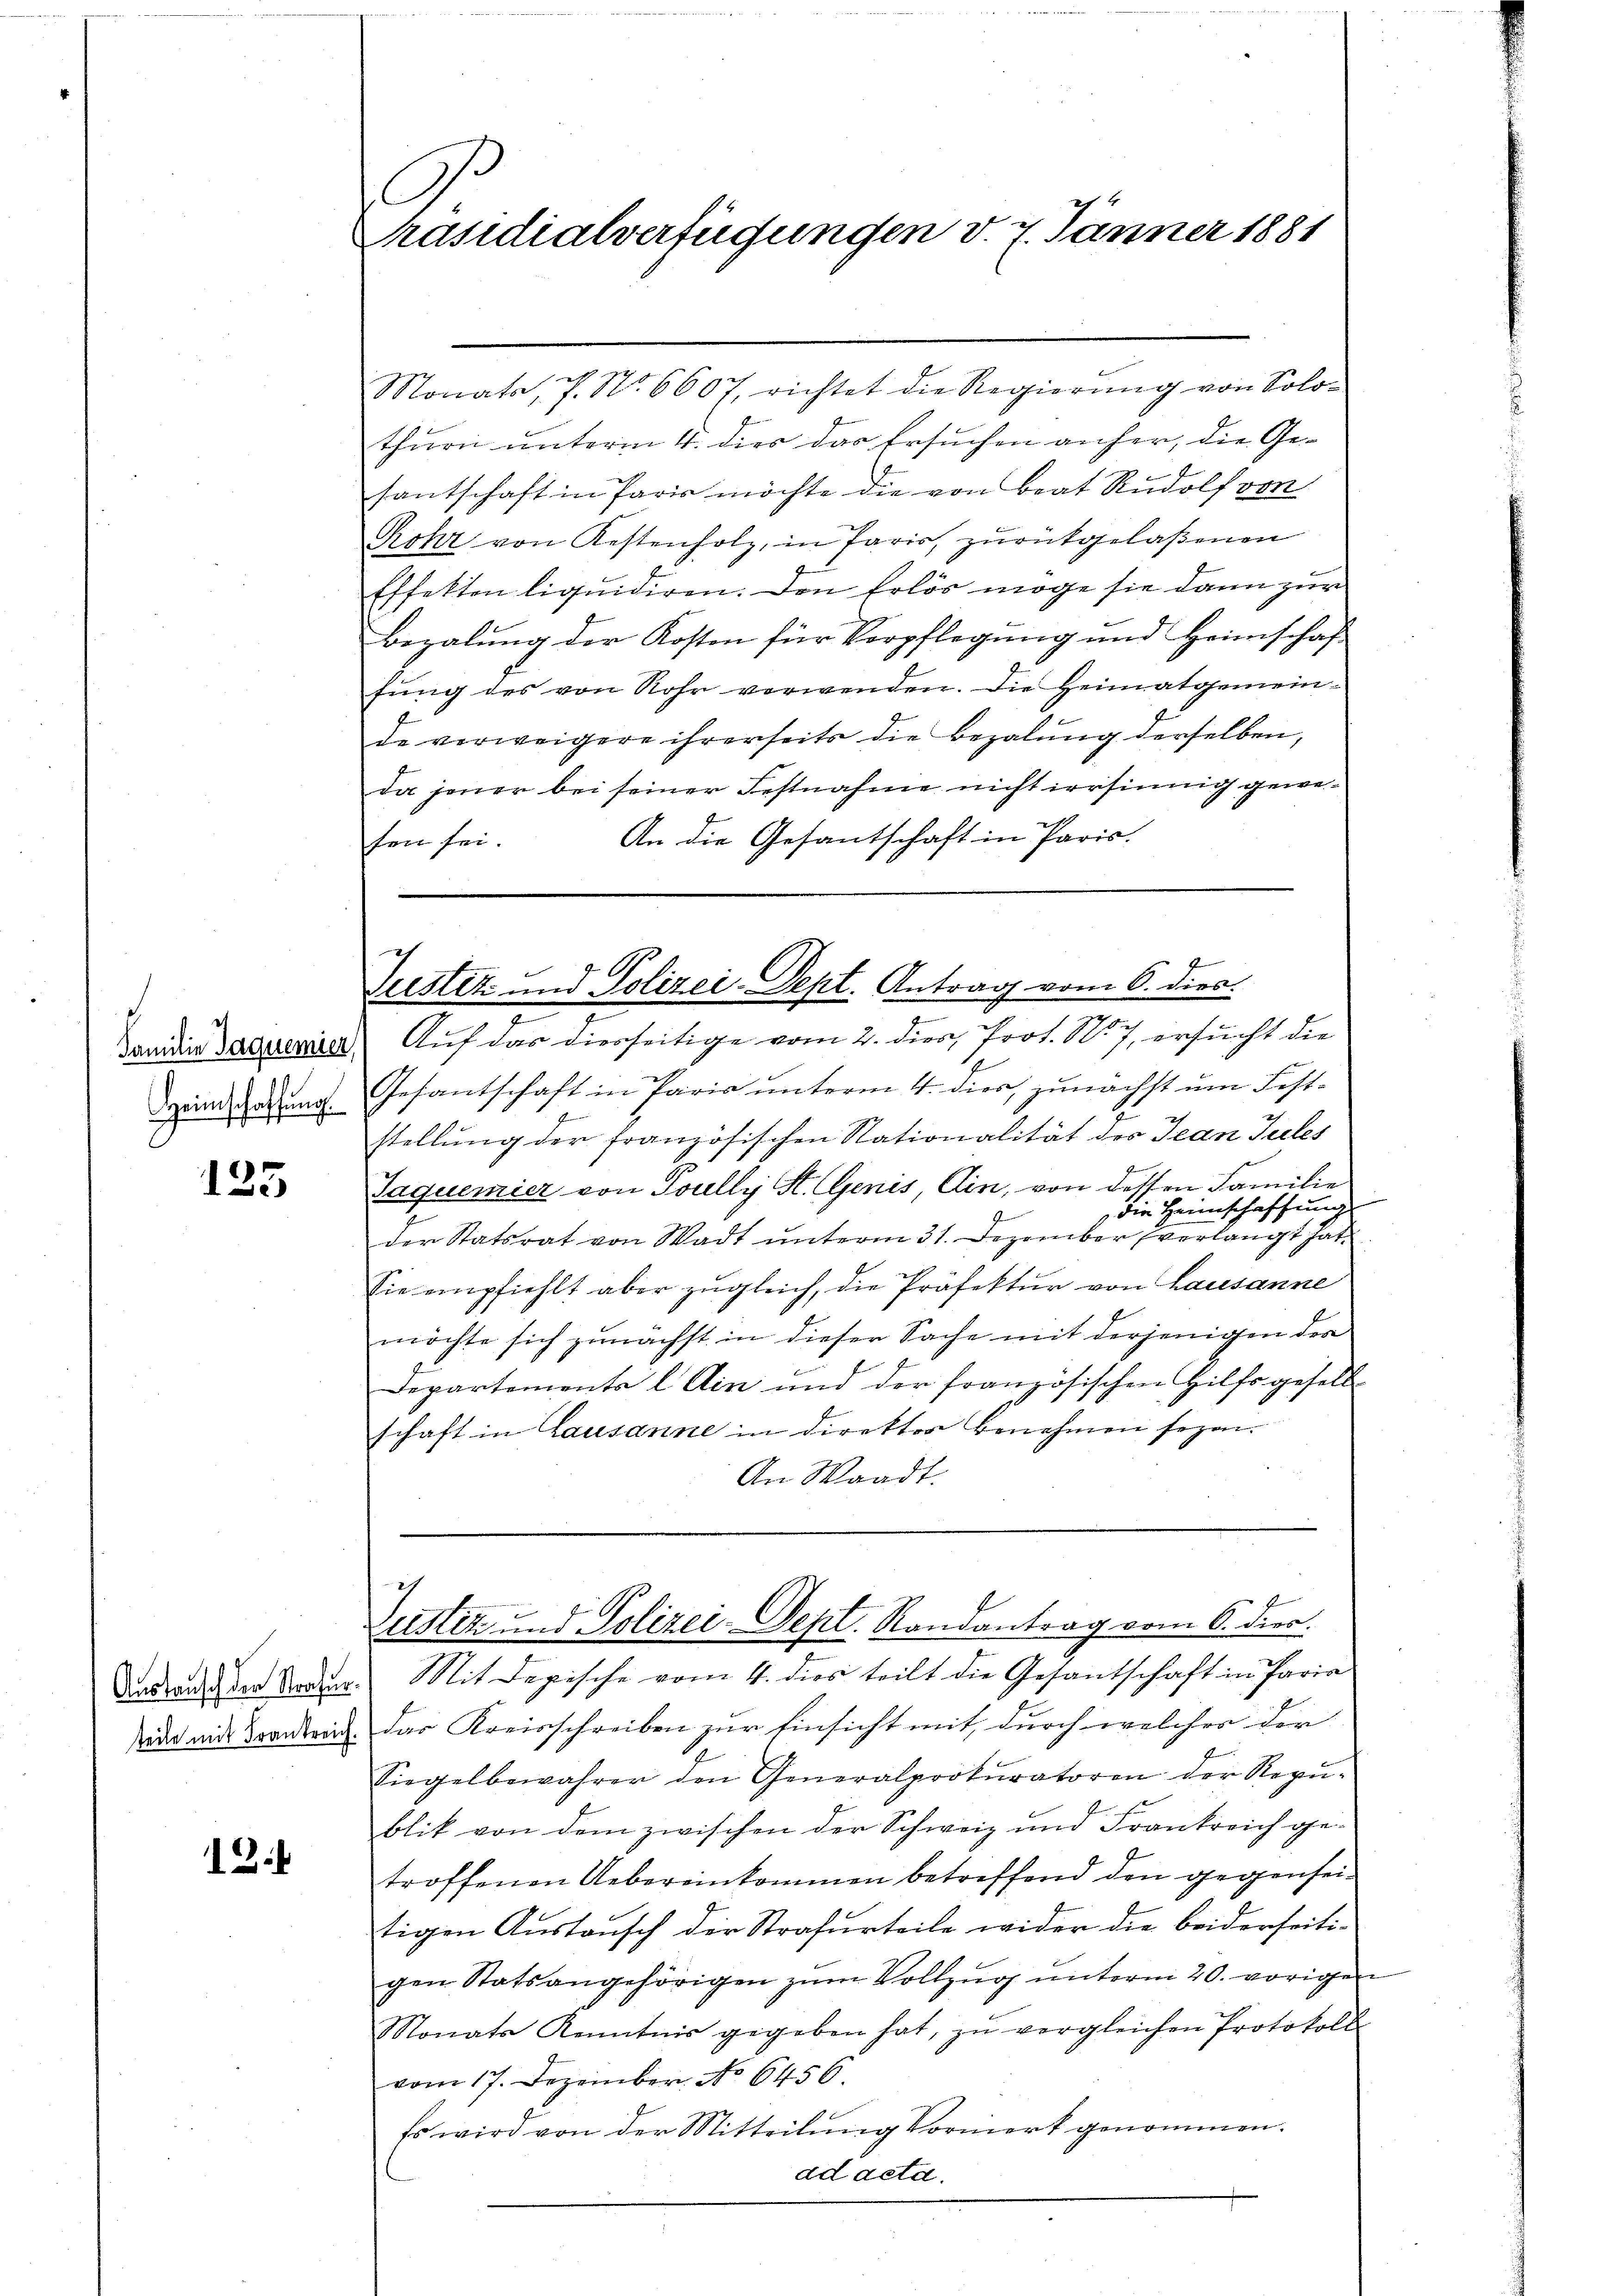
Familie Jaquemier,
Heimschaffung.

125

teile mit Frankreich.

C
Präsidialverfügungen d. 7. Jänner 1881

thurn unterm 4. dies das Ersuchen anfer, die Gesantschaft in Paris möchte die von Beat Rudolf von
Rohr von Kestenholz, in Paris, zurükgelaßenen
Effekten liquidiren. Den Erlös möge sie dann zur
Bezalung der Kosten für Verpflegung und Heimschaft
fung des von Rohr verwenden. Die Heimatgemeinde verweigere ihrerseits die Bezalung derselben,
da jener bei seiner Festnahme nicht irrsinnig gewefen sei. An die Gesantschaft in Paris.

Monats, P. Nr. 6607. richtet die Regierŭng von Solo-

ch
Zustiz und Polizei-Dept. Antrag vom 6. dioc.
7
Auf das diesseitige vom 2. dies, Prot. No. 7, ersucht die

Gesantschaft in Paris unterm 4. dies, zunächst um Fest-
stellung der französischen Stationalität des Jean Tules
Jaquemier von Toully St. Genis ein, von dessen Familie
 die Heimschaffung
der Statsrat von Wadt ŭnterm 31. Dezember verlangt hat
Sie empfiehlt aber zŭgleich, die Präfektur von Lausanne
möchte sich zunächst in dieser Sache mit derjenigen der
Departements l Ain und der französischen Hilfsgesell-
schaft in Lausanne in direktor Benehmen seyen.
An Waadt.

Zustiz und Polizei-Dept. Randantrag vom 6. dies
Dadurch der Boden Mit Depische vom 4. dies teilt die Gesantschaft in Paria

das Kreisschreiben zur Einsicht mit, durch welches der
Siegelbewahrer den Generalprokuratoren der Regŭ-
blik von dem zwischen der Schweiz und Frankreich getroffenen Uebereinkommen betreffend den gegenseitigen Austausch der Strafurteile wider die beiderseitigen Statsangehörigen zŭm Vollzŭg ŭnterm 20. vorigen
Monats Kenntnis gegeben hat, zŭ vergleichen Protokoll
vom 17. Dezember No 6456.
Es wird von der Mitteilung Vormiert genommen.
ad acta.